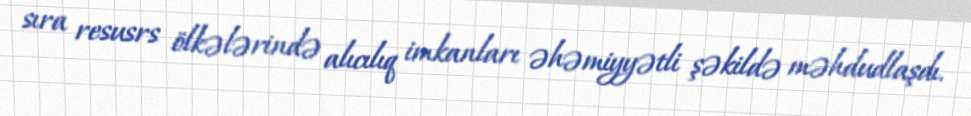
sıra resusrs ölkələrində alıcılıq imkanları əhəmiyyətli şəkildə məhdudlaşdı.